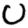
Digit: 0